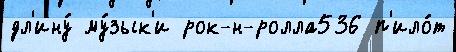
дл'ину́ му́зык'и рок-н-ролла536 п'ило́т